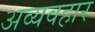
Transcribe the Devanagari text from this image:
अव्यवहार